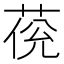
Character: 𦲮